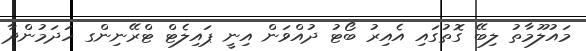
މައުލޫމާތު ލިބޭ ގޮތުގައި އެއިރު ބޯޓު ދުއްވަން އިނީ ޕައިލެޓް ޓްރޭނިންގ ހަދަމުންދާ